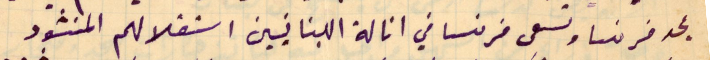
مجد فرنسا وتسعى فرنسا في انالة اللبنانيين استقلالهم المنشود